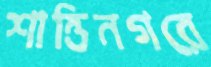
শান্তিনগরে